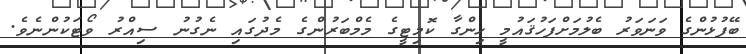
ބޭފުޅުންގެ ވަނަވަރު ބެލުމަށްފަހުޤައުމީ ހިންގާ ކޮމިޓީގެ މެމްބަރުންގެ މެދުގައި ނެގުނު ސިއްރު ވޯޓަކުންނެވެ.